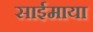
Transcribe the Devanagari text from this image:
साईमाया